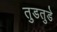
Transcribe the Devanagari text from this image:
तुडतुडे